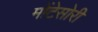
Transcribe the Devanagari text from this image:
मोंटेसोरी